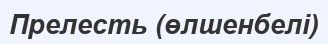
Прелесть (өлшенбелі)